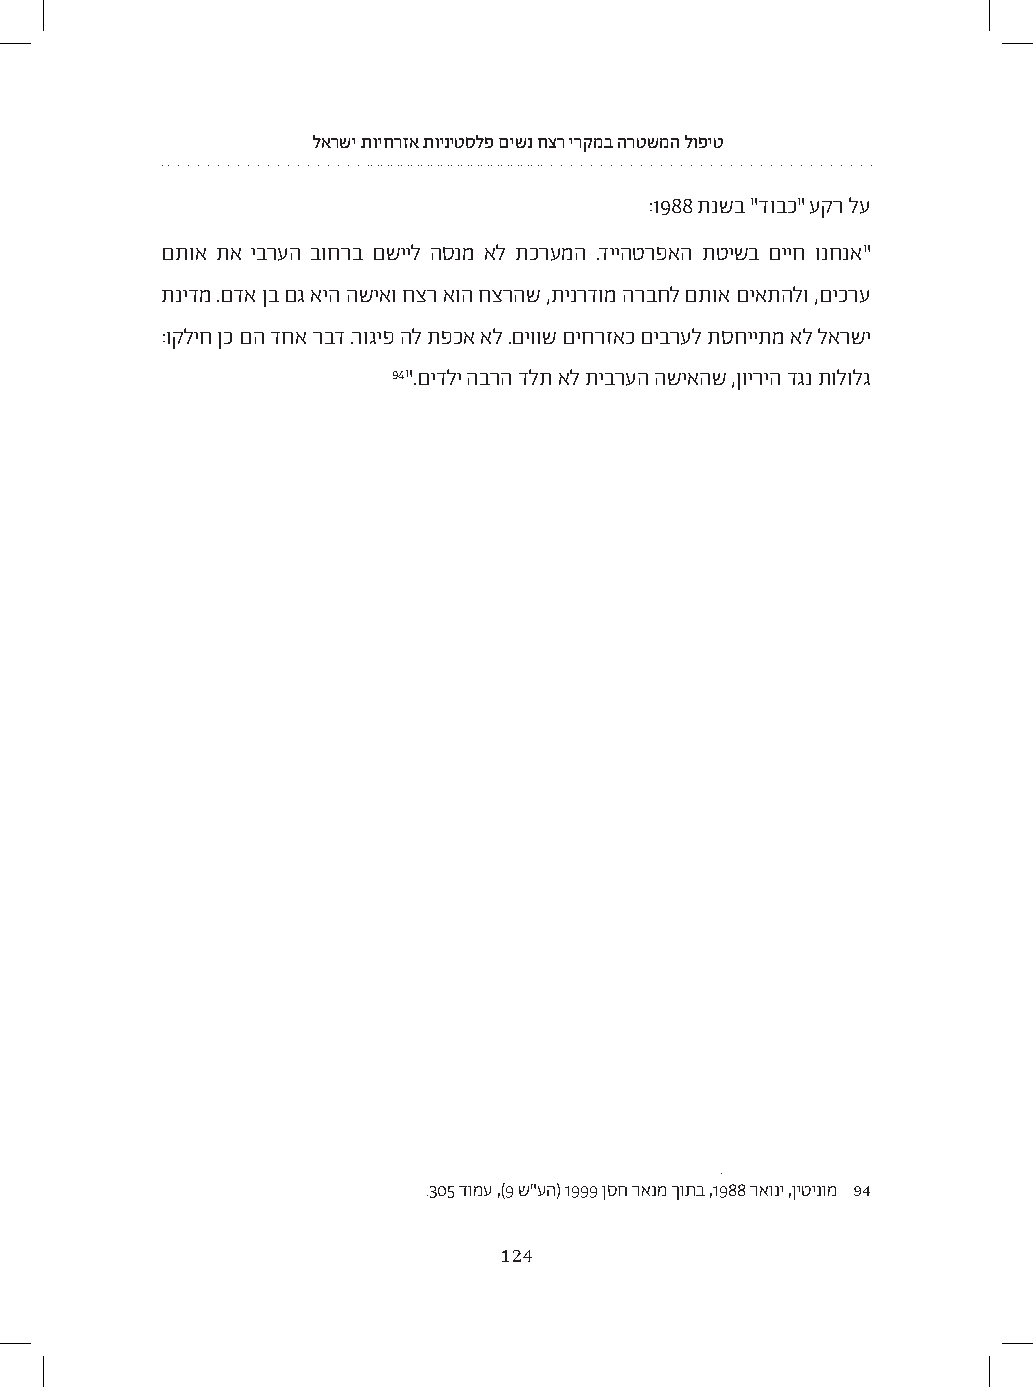
לארשי תויחרזא תויניטסלפ םישנ חצר ירקמב הרטשמה לופיט
 :1988 תנשב "דובכ" עקר לע
 םתוא תא יברעה בוחרב םשייל הסנמ אל תכרעמה .דייהטרפאה תטישב םייח ונחנא"
 תנידמ .םדא ןב םג איה השיאו חצר אוה חצרהש ,תינרדומ הרבחל םתוא םיאתהלו ,םיכרע
 :וקליח ןכ םה דחא רבד .רוגיפ הל תפכא אל .םיווש םיחרזאכ םיברעל תסחייתמ אל לארשי
 94".םידלי הברה דלת אל תיברעה השיאהש ,ןויריה דגנ תולולג
 .305 דומע ,)9 ש"עה( 1999 ןסח ראנמ ךותב ,1988 ראוני ,ןיטינומ 9 4
 124